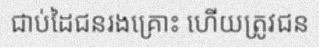
ជាប់ដៃជនរងគ្រោះ ហើយត្រូវជន